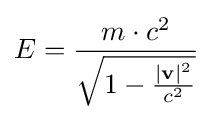
E={\frac {m\cdot c^{2}}{\sqrt {1-{\frac {\left|\mathbf {v} \right|^{2}}{c^{2}}}}}}